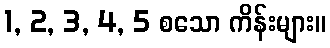
1, 2, 3, 4, 5 စသော ကိန်းများ။